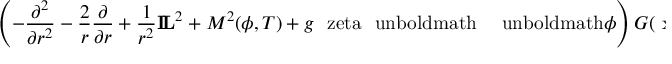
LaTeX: \left( - \frac { \partial ^ { 2 } } { \partial r ^ { 2 } } - \frac { 2 } { r } \frac { \partial } { \partial r } + \frac { 1 } { r ^ { 2 } } { \bf I \! L } ^ { 2 } + { \cal M } ^ { 2 } ( \phi , T ) + g \mathrm { \boldmath ~ \ z e t a ~ \ u n b o l d m a t h } \mathrm { \boldmath ~ \nabla ~ \ u n b o l d m a t h } \phi \right) G ( \mathrm { \boldmath ~ x ~ \ u n b o l d m a t h } , \mathrm { \boldmath ~ x ^ { \prime } ~ \ u n b o l d m a t h } ) = \mathrm { \boldmath ~ 1 ~ \ u n b o l d m a t h } \cdot \delta ^ { ( 3 ) } ( \mathrm { \boldmath ~ x ~ \ u n b o l d m a t h } - \mathrm { \boldmath ~ x ^ { \prime } ~ \ u n b o l d m a t h } ) \; .